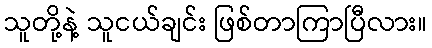
သူတို့နဲ့ သူငယ်ချင်း ဖြစ်တာကြာပြီလား။